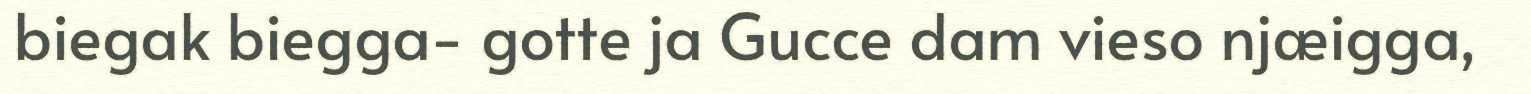
biegak biegga- gotte ja Gucce dam vieso njæigga,